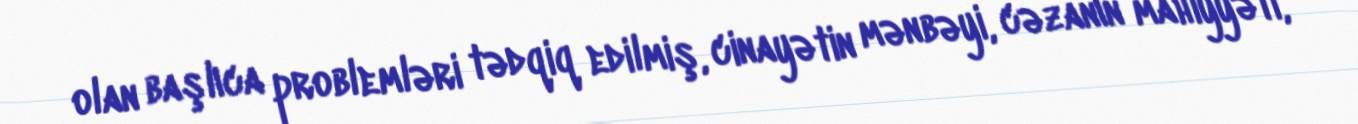
olan başlıca problemləri tədqiq edilmiş, cinayətin mənbəyi, cəzanın mahiyyəti,